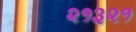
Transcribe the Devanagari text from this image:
२१३२१